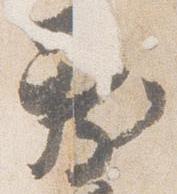
新